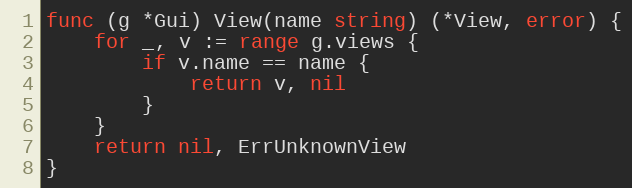
Language: Go
func (g *Gui) View(name string) (*View, error) {
	for _, v := range g.views {
		if v.name == name {
			return v, nil
		}
	}
	return nil, ErrUnknownView
}